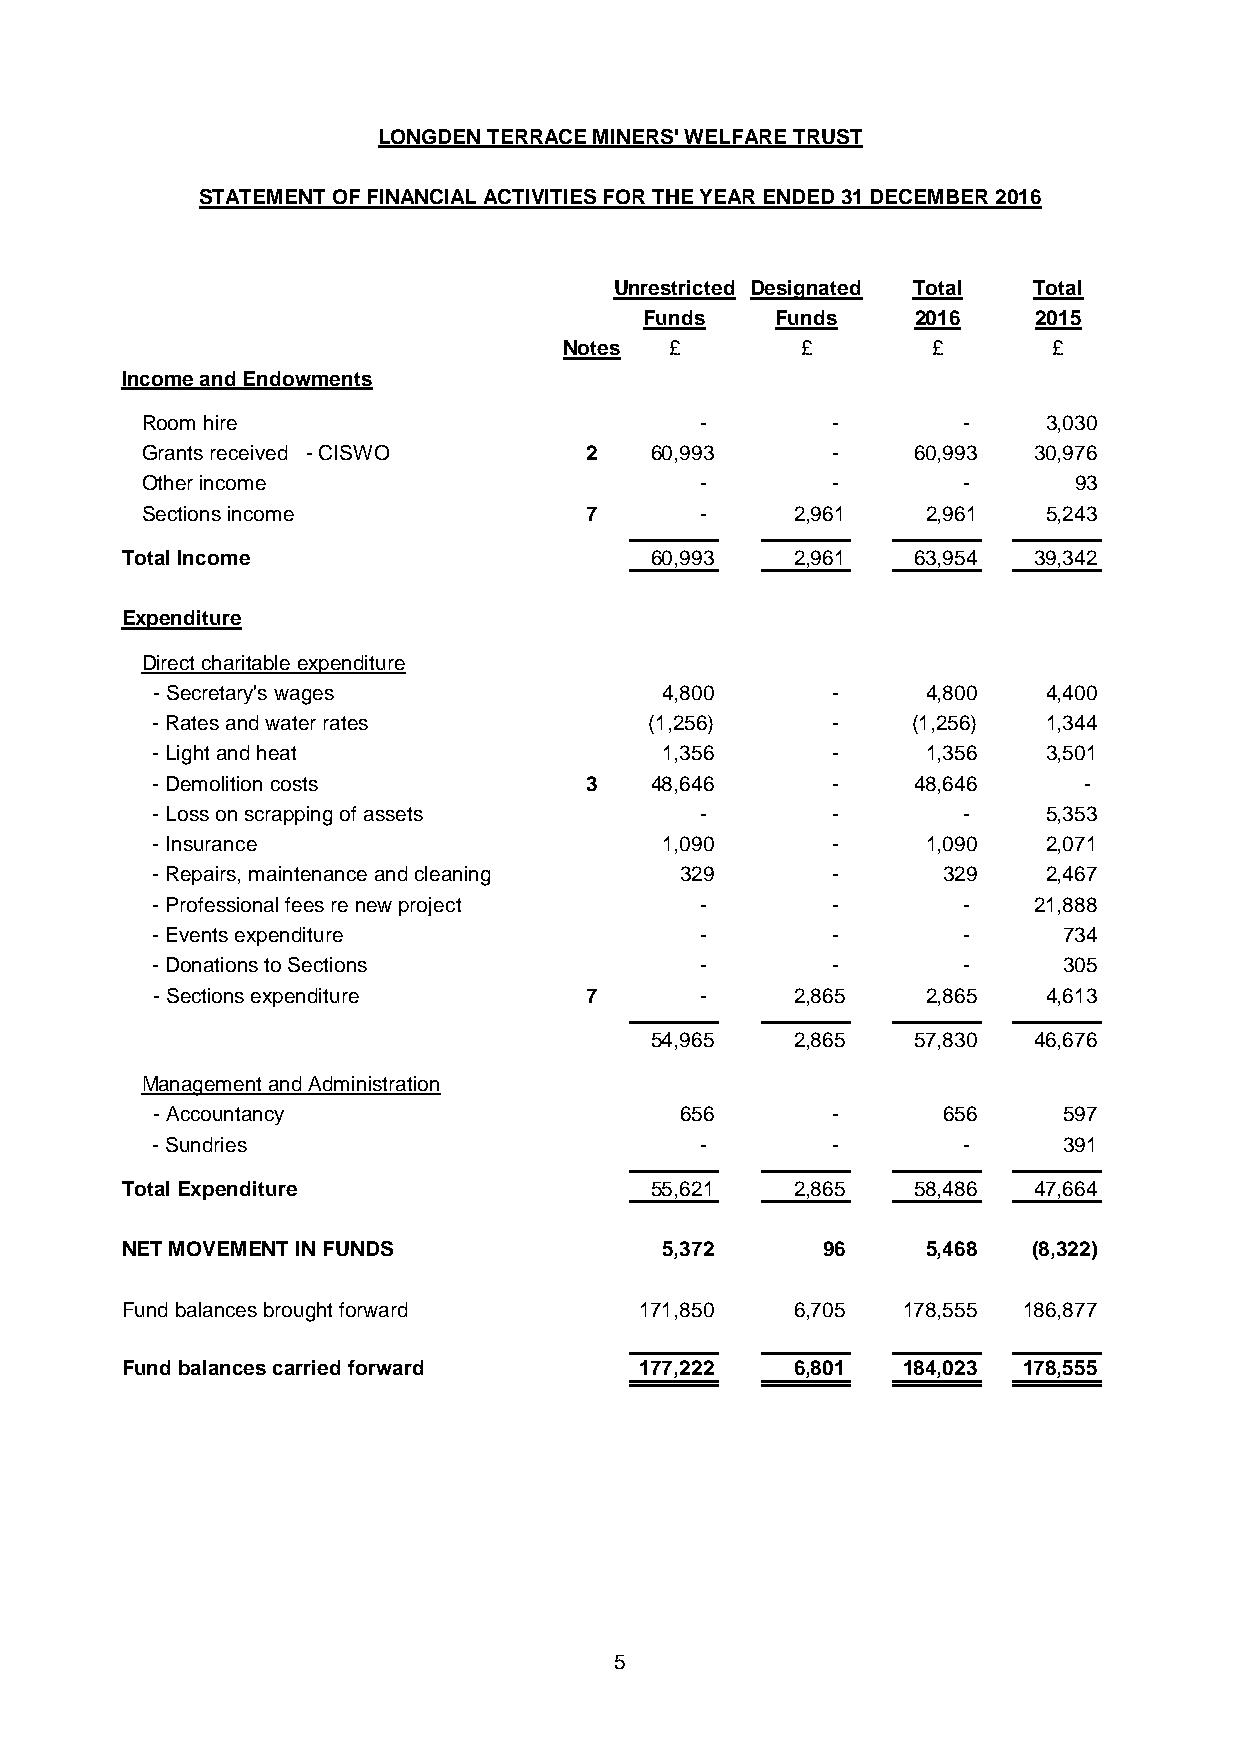
LONGDEN TERRACE MINERS' WELFARE TRUST
 STATEMENT OF FINANCIAL ACTIVITIES FOR THE YEAR ENDED 31 DECEMBER 2016
 Unrestricted Designated Total Total
 Funds   Funds     2016   2015
 Notes  £        £        £       £
 Income and Endowments
 Room hire                            -        -        -    3,030
 Grants received - CISWO       2   60,993      -    60,993  30,976
 Other income                         -        -        -      93
 Sections income               7      -      2,961   2,961   5,243
 Total Income                       60,993    2,961  63,954  39,342
 Expenditure
 Direct charitable expenditure
 - Secretary's wages               4,800      -     4,800   4,400
 - Rates and water rates          (1,256)     -    (1,256)  1,344
 - Light and heat                  1,356      -     1,356   3,501
 - Demolition costs           3   48,646      -    48,646      -
 - Loss on scrapping of assets       -        -        -    5,353
 - Insurance                       1,090      -     1,090   2,071
 - Repairs, maintenance and cleaning 329      -      329    2,467
 - Professional fees re new project  -        -        -   21,888
 - Events expenditure                -        -        -     734
 - Donations to Sections             -        -        -     305
 - Sections expenditure       7      -      2,865   2,865   4,613
 54,965    2,865  57,830  46,676
 Management and Administration
 - Accountancy                      656       -      656     597
 - Sundries                          -        -        -     391
 Total Expenditure                  55,621    2,865  58,486  47,664
 NET MOVEMENT IN FUNDS               5,372     96     5,468  (8,322)
 Fund balances brought forward     171,850    6,705  178,555 186,877
 Fund balances carried forward     177,222    6,801  184,023 178,555
 5